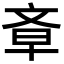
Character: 𣁌